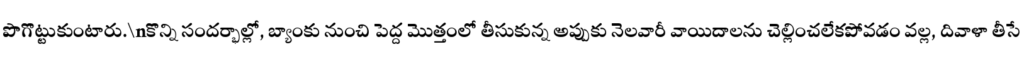
పొగొట్టుకుంటారు.\nకొన్ని సందర్భాల్లో, బ్యాంకు నుంచి పెద్ద మొత్తంలో తీసుకున్న అప్పుకు నెలవారీ వాయిదాలను చెల్లించలేకపోవడం వల్ల, దివాళా తీసే